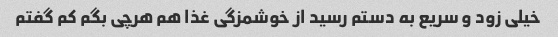
خیلی زود و سریع به دستم رسید از خوشمزگی غذا هم هرچی بگم‌ کم گفتم